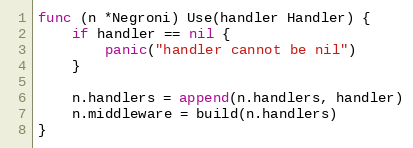
Language: Go
func (n *Negroni) Use(handler Handler) {
	if handler == nil {
		panic("handler cannot be nil")
	}

	n.handlers = append(n.handlers, handler)
	n.middleware = build(n.handlers)
}